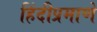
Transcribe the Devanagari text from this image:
हिंदीप्रमाणे